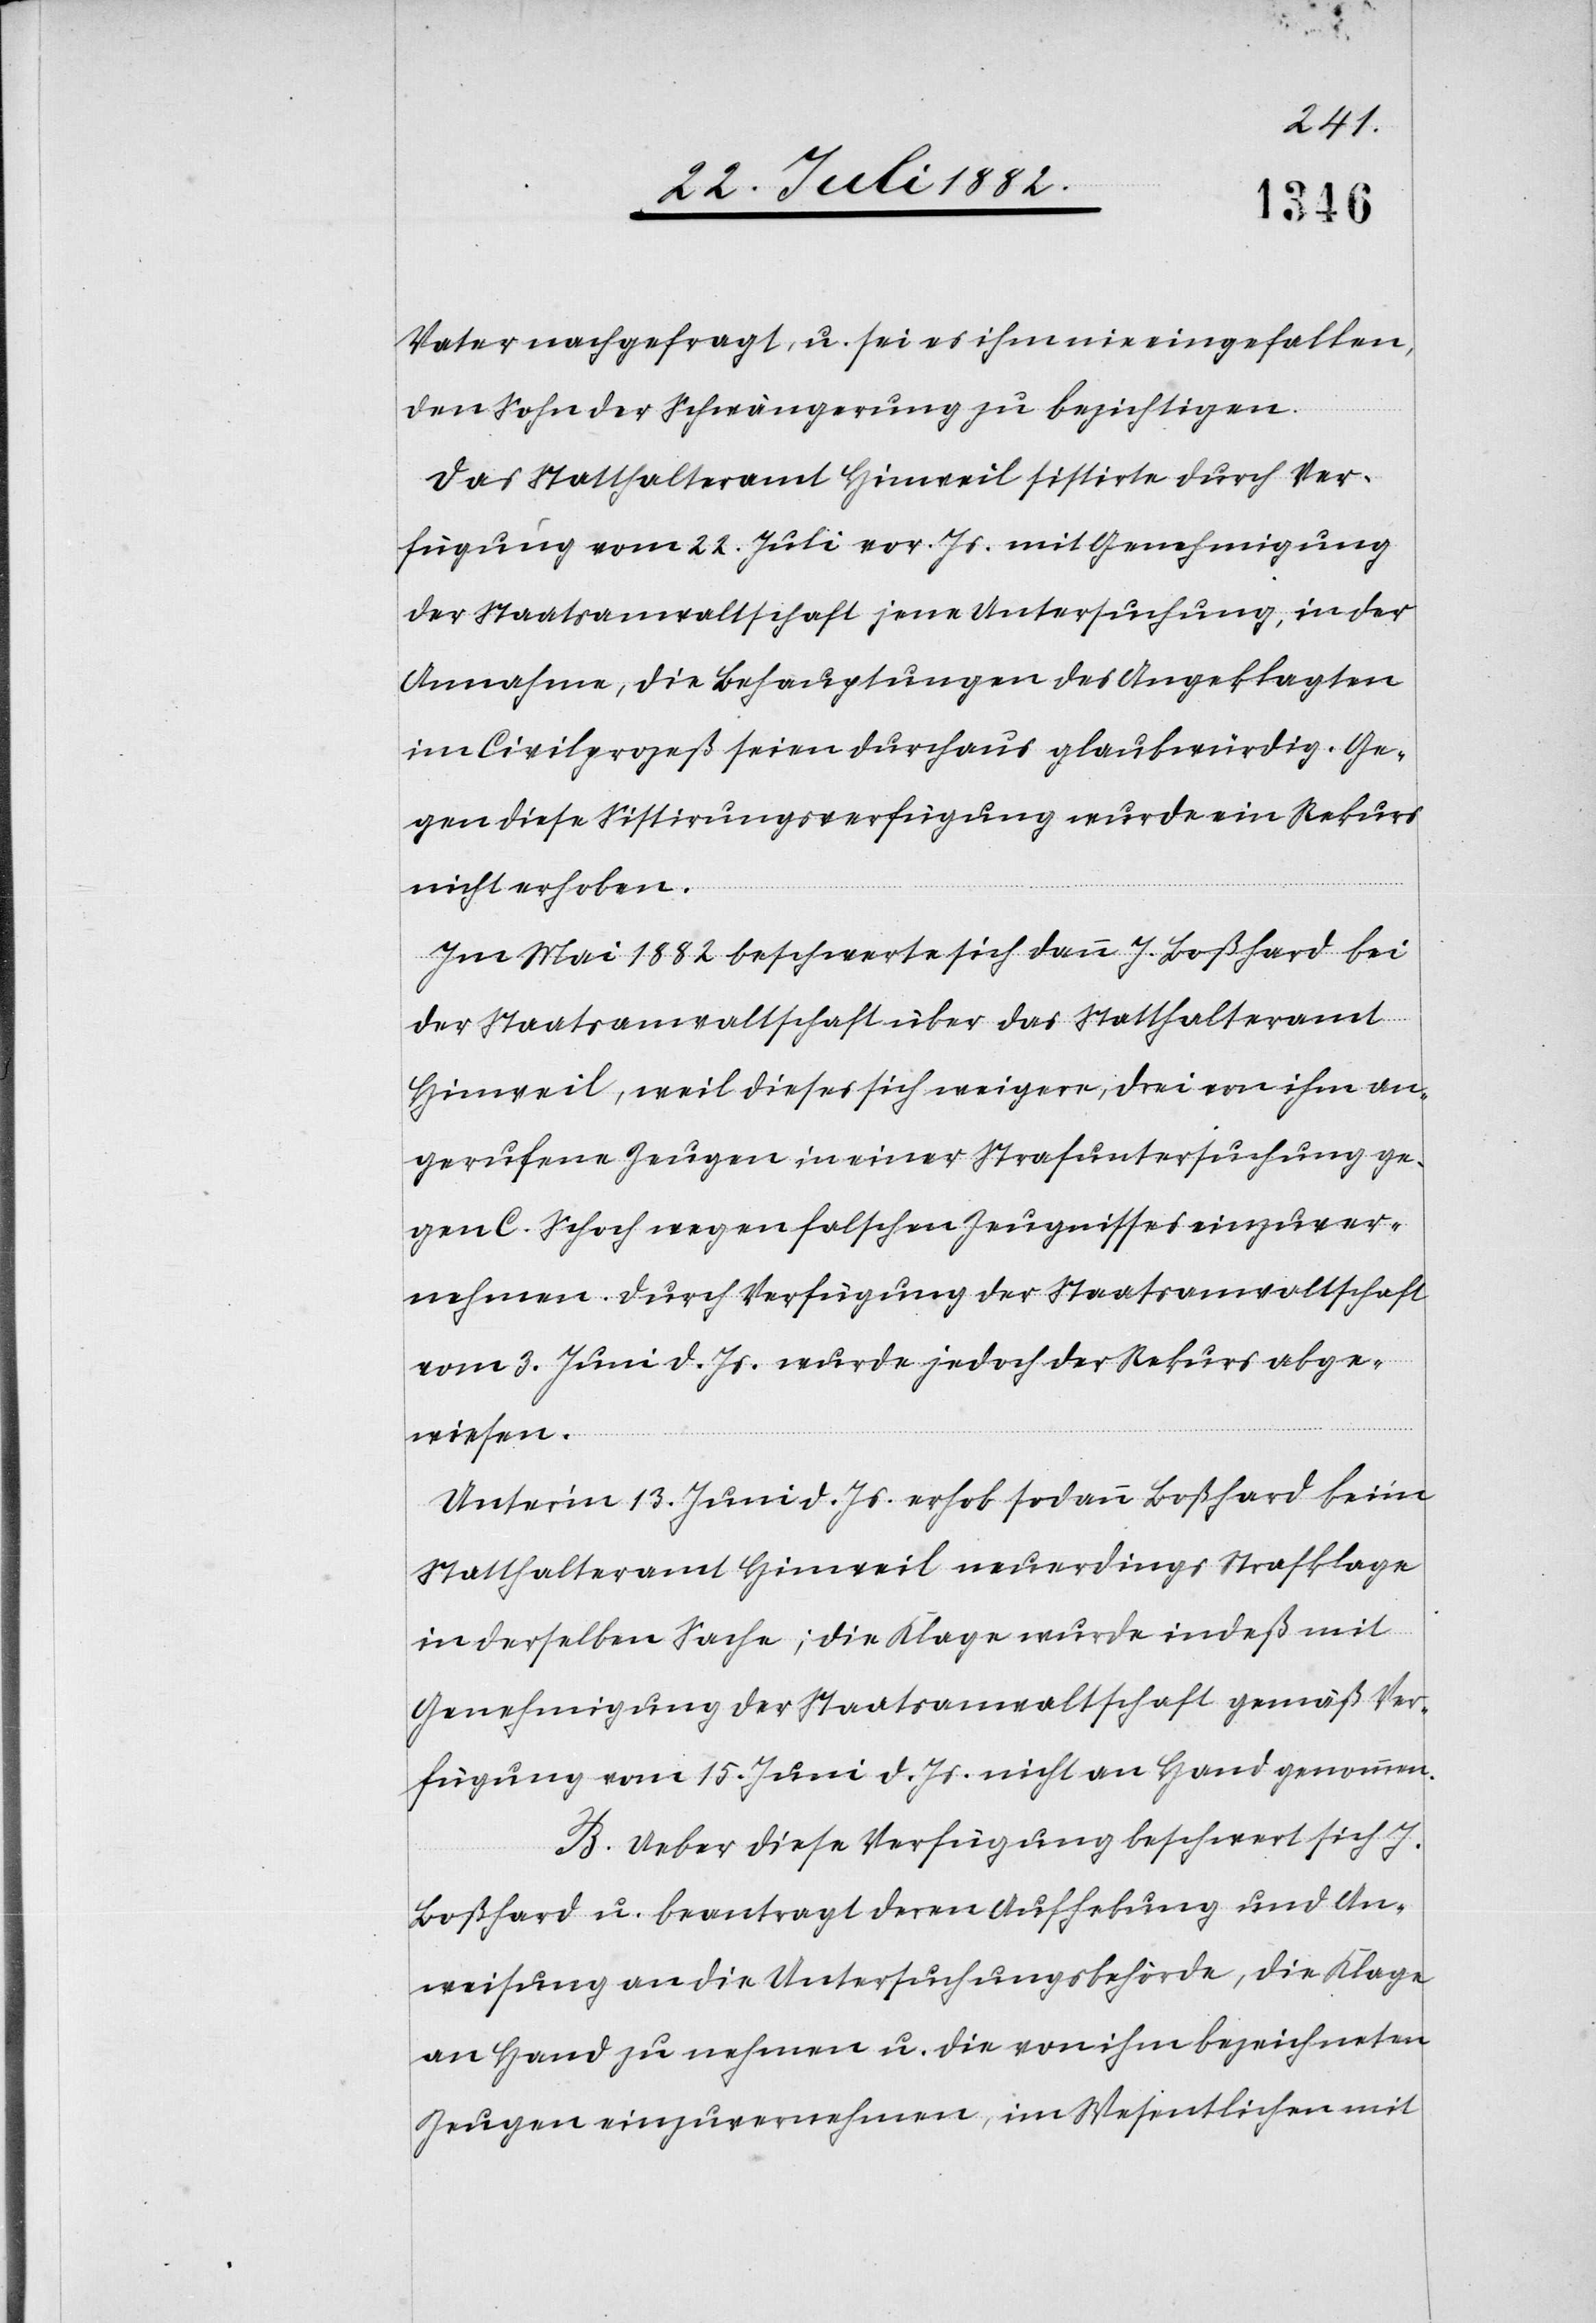
Vater nachgefragt [sic!], u. sei es ihm nie eingefallen,
den Sohn der Schwängerung zu bezichtigen.
Das Statthalteramt Hinweil sistirte durch Ver¬
fügung vom 22. Juli vor. Js. mit Genehmigung
der Staatsanwaltschaft jene Untersuchung, in der
Annahme, die Behauptungen des Angeklagten
im Civilprozeß seien durchaus glaubwürdig. Ge¬
gen diese Sistirungsverfügung wurde ein Rekurs
nicht erhoben.
Im Mai 1882 beschwerte sich dann J. Boßhard bei
der Staatsanwaltschaft über das Statthalteramt
Hinweil, weil dieses sich weigere, drei von ihm an¬
gerufene Zeugen in einer Strafuntersuchung ge¬
gen C. Schoch wegen falschen Zeugnisses einzuver¬
nehmen. Durch Verfügung der Staatsanwaltschaft
vom 3. Juni d. Js. wurde jedoch der Rekurs abge¬
wiesen.
Unter’m 13. Juni d. Js. erhob sodann Boßhard beim
Statthalteramt Hinweil neuerdings Strafklage
in derselben Sache; die Klage wurde indeß mit
Genehmigung der Staatsanwaltschaft gemäß Ver¬
fügung vom 15. Juni d. Js. nicht an Hand genommen.
B. Ueber diese Verfügung beschwert sich J.
Boßhard u. beantragt deren Aufhebung und An¬
weisung an die Untersuchungsbehörde, die Klage
an Hand zu nehmen u. die von ihm bezeichneten
Zeugen einzuvernehmen, im Wesentlichen mit